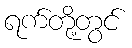
ရက်တို့တွင်